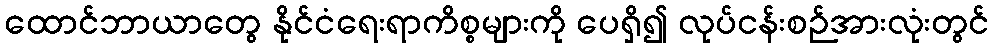
ထောင်ဘာယာတွေ နိုင်ငံရေးရာကိစ္စများကို ပေရှိ၍ လုပ်ငန်းစဉ်အားလုံးတွင်